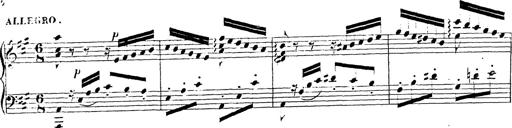
Title: Chanson bohÃ©mienne
Composer: Franz Liszt